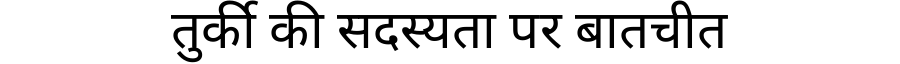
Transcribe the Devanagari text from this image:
तुर्की की सदस्यता पर बातचीत